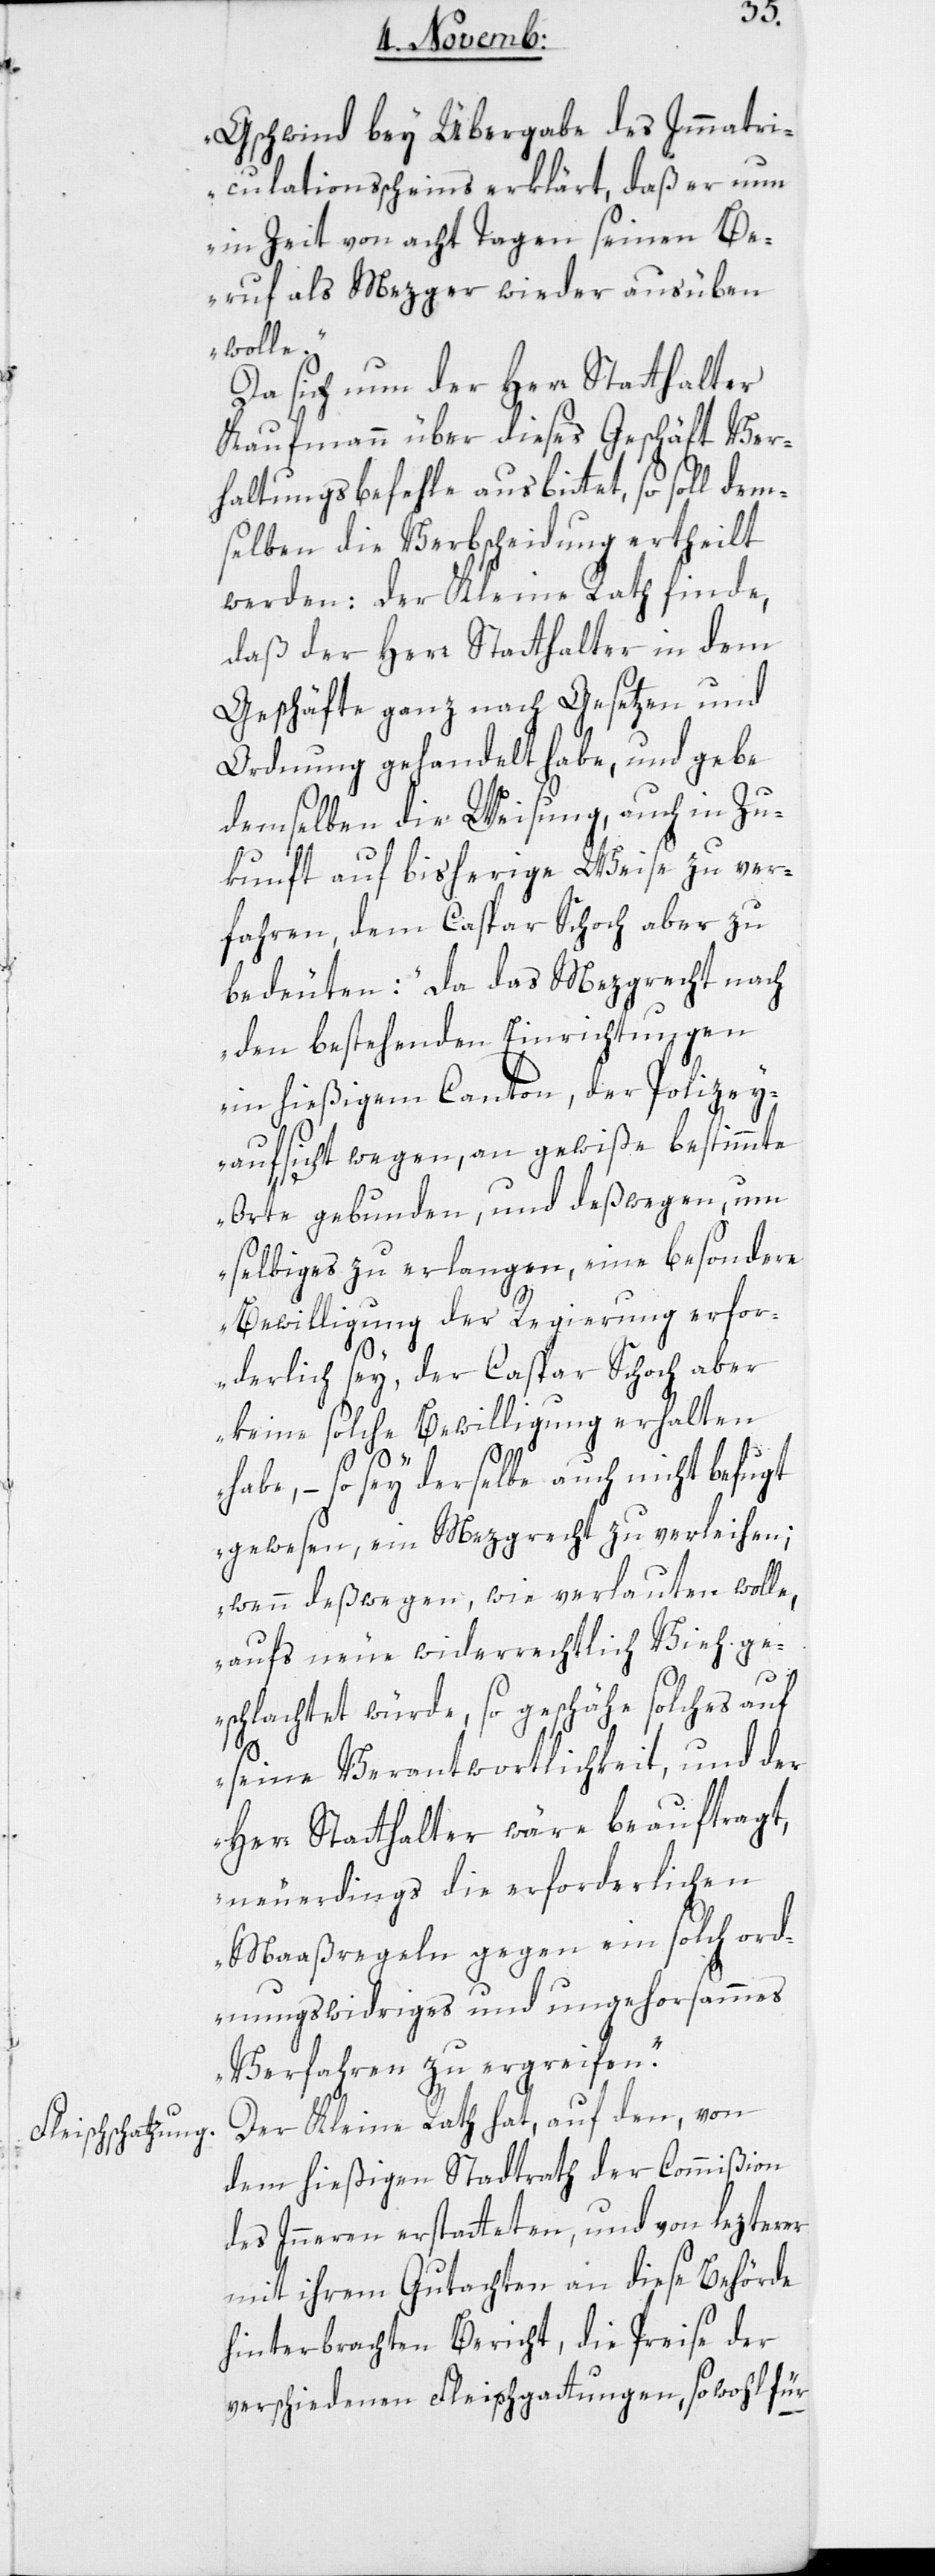
Gschwind bey Übergabe des Immatri¬
culationsscheins erklärt, daß er nun
in Zeit von acht Tagen seinen Be¬
ruf als Mezger wieder ausüben
wolle.“
Da sich nun der Herr Statthalter
Kaufmann über dieses Geschäft Ver¬
haltungsbefehle ausbittet, so soll dem¬
selben die Verbscheidung ertheilt
werden: Der Kleine Rath finde,
daß der Herr Statthalter in dem
Geschäfte ganz nach Gesetzen und
Ordnung gehandelt habe, und gebe
demselben die Weisung, auch in Zu¬
kunft auf bisherige Weise zu ver¬
fahren, dem Caspar Schoch aber zu
bedeuten: „Da das Mezgrecht nach
den bestehenden Einrichtungen
in hießigem Canton der Polizey¬
aufsicht wegen, an gewiße bestimmte
Orte gebunden, und deßwegen, um
selbiges zu erlangen, eine besondere
Bewilligung der Regierung erfo¬
rderlich sey, der Caspar Schoch aber
keine solche Bewilligung erhalten
habe, – so sey derselbe auch nicht befugt
gewesen, ein Mezgrecht zu verleihen;
wenn deßwegen, wie verlauten wolle,
aufs Neue widerrechtlich Vieh ge¬
schlachtet würde, so geschähe solches auf
seine Verantwortlichkeit, und der
Herr Statthalter wäre beauftragt,
neurdings die erforderlichen
Maaßregeln gegen ein solch ord¬
nungswidriges und ungehorsames
Verfahren zu ergreifen.“
Der Kleine Rath hat, auf den von
dem hießigen Stadtrath der Commißion
des Inneren erstatteten, und von lezterer
mit ihrem Gutachten an diese Behörde
hinterbrachten Bericht, die Preise der
verschiedenen Fleischgattungen, sowohl für